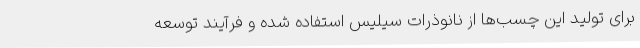
برای تولید این چسب‌ها از نانوذرات سیلیس استفاده شده و فرآیند توسعه